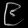
Digit: ၉